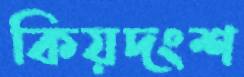
কিয়দংশ